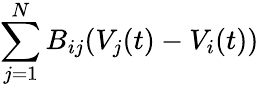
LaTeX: {\sum_{j=1}^{N}B_{ij}(V_{j}(t)-V_{i}(t))}